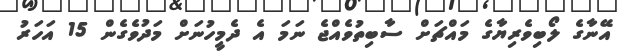
އޭނާގެ ލޯބިވެރިޔާގެ މައްޗަށް ސާބިތުވެއްޖެ ނަމަ އެ ދެމީހުނަށް މަދުވެގެން 15 އަހަރު